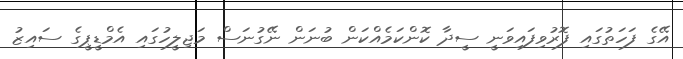
އޭގެ ފަހަތުގައި ފޮރުވިފައިވަނީ ސީދާ ކޮންކަމެއްކަން ބުނަން ނޭގުނަސް މަޖިލީހުގައި އެމްޑީޕީގެ ސައިޒު